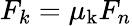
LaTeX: F_{k}=\mu_{\mathrm{k}}F_{n}